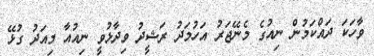
ވާހަކަ ދައްކަމުން ނިއުގެ މެނޭޖަރު އަހުމަދު ރަޝީދު ވިދާޅުވީ ނިއުއާ މިއަދު ގުޅޭ